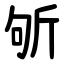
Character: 斪